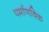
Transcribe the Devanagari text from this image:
पर्माणविक